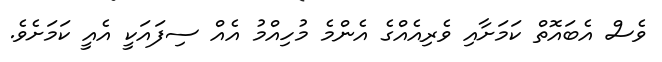
ވެސް އެބައޮތް ކަމަށާއި ވެރިއެއްގެ އެންމެ މުހިއްމު އެއް ސިފައަކީ އެއީ ކަމަށެވެ.